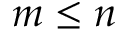
m \leq n